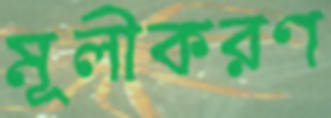
মূলীকরণ